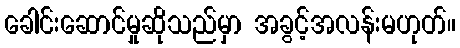
ခေါင်းဆောင်မှုဆိုသည်မှာ အခွင့်အလန်းမဟုတ်။